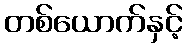
တစ်ယောက်နှင့်